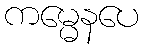
ကမ္မေနပေ